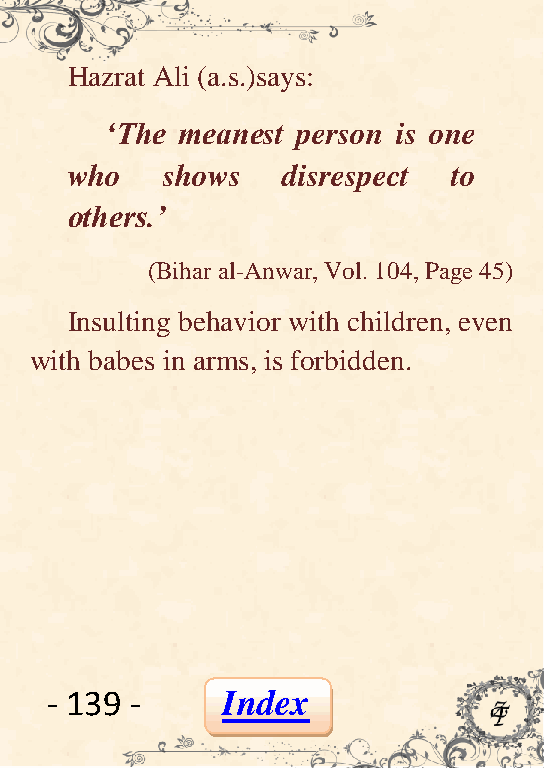
Hazrat Ali (a.s.)says:
 „The meanest person is one
 who    shows   disrespect to
 others.‟
 (Bihar al-Anwar, Vol. 104, Page 45)
 Insulting behavior with children, even
 with babes in arms, is forbidden.
 - 139 -     Index